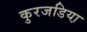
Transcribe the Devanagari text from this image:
कुरजडिया़